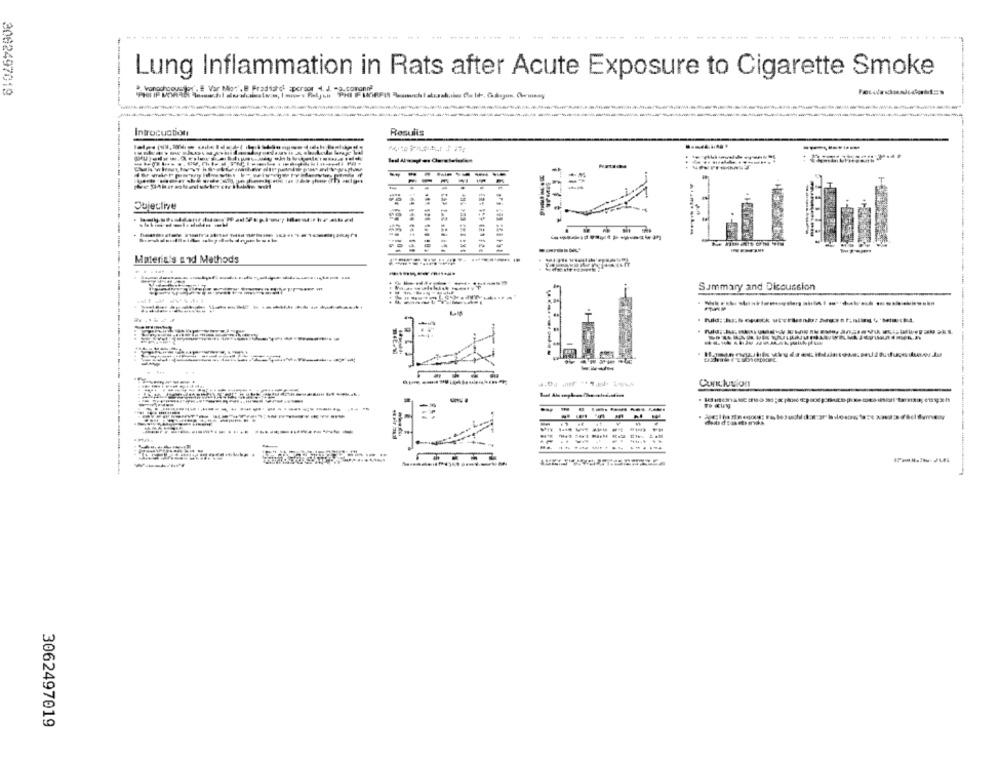
Lung Inflammation in Rats after Acute Exposure to Cigarette Smoke
3062497019
Vonogroove of', # Var Moc', e Fradiarel =porsor 4. J. - 9.coronel
Introcuction
Resulis
---------
Objective
Materiais and Methods
.. ......
Summary and Discussion
---
-
Conclusion
-------
3062497019